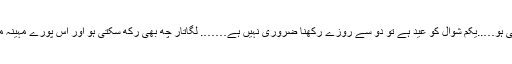
اس مہینے میں تم رکھ سکتی ہو…..یکم شوال کو عید ہے تو دو سے روزے رکھنا ضروری نہیں ہے……. لگاتار چھ بھی رکھ سکتی ہو اور اس پورے مہینہ میں چھہ بھی رکھ سکتی ہو۔